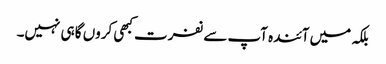
بلکہ میں آئندہ آپ سے نفرت کبھی کروں گا ہی نہیں۔